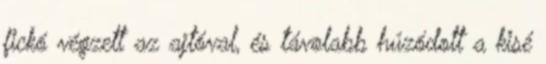
fickó végzett az ajtóval, és távolabb húzódott a kisé